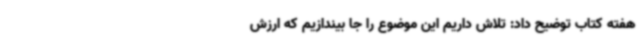
هفته کتاب توضیح داد:‌ تلاش داریم این موضوع را جا بیندازیم که ارزش